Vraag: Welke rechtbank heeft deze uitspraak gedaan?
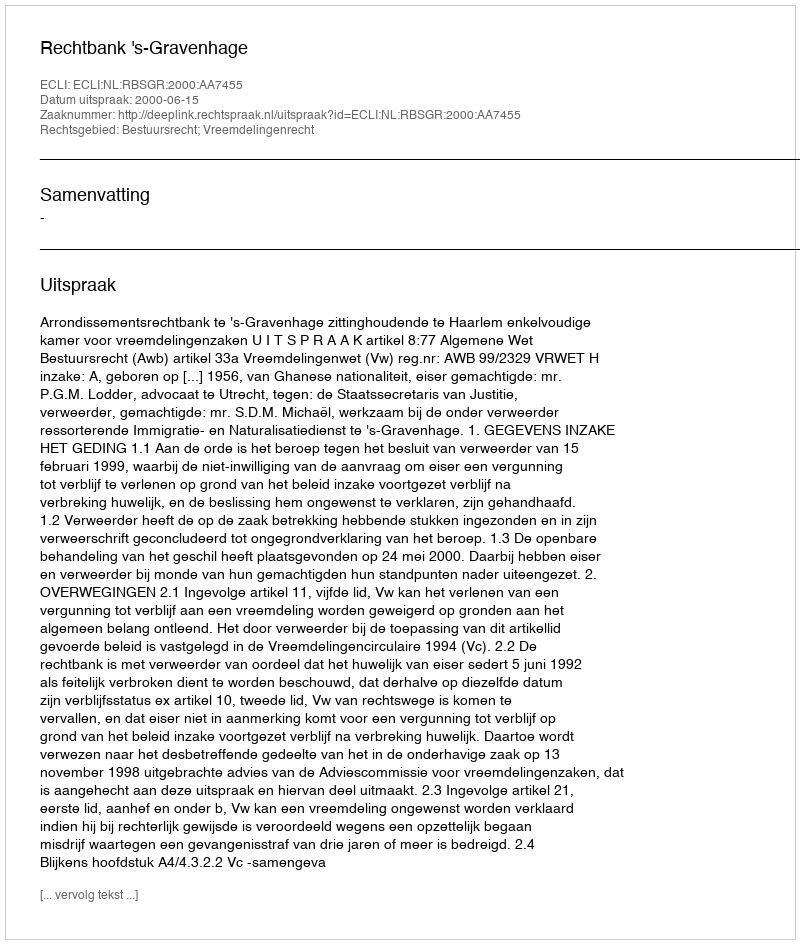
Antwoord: Rechtbank 's-Gravenhage